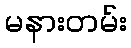
မနားတမ်း